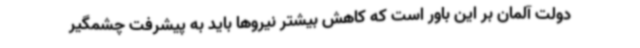
دولت آلمان بر این باور است که کاهش بیشتر نیروها باید به پیشرفت چشمگیر